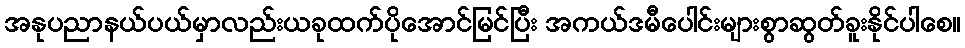
အနုပညာနယ်ပယ်မှာလည်းယခုထက်ပိုအောင်မြင်ပြီး အကယ်ဒမီပေါင်းများစွာဆွတ်ခူးနိုင်ပါစေ။